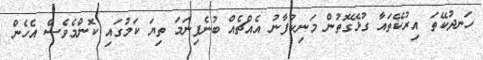
ހަނދުކޭތަ އިރުކޭތައާ ގުޅޭގޮތުން މަނިކުފާނު އެއްޗެއް ބުނެފިނަމަ ތިޔަ ކަމުގައި ކޮންމެވެސް އެހެން